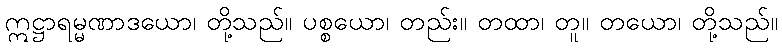
ဣဋ္ဌာရမ္မဏာဒယော၊ တို့သည်။ ပစ္စယော၊ တည်း။ တထာ၊ တူ။ တယော၊ တို့သည်။